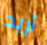
أريد